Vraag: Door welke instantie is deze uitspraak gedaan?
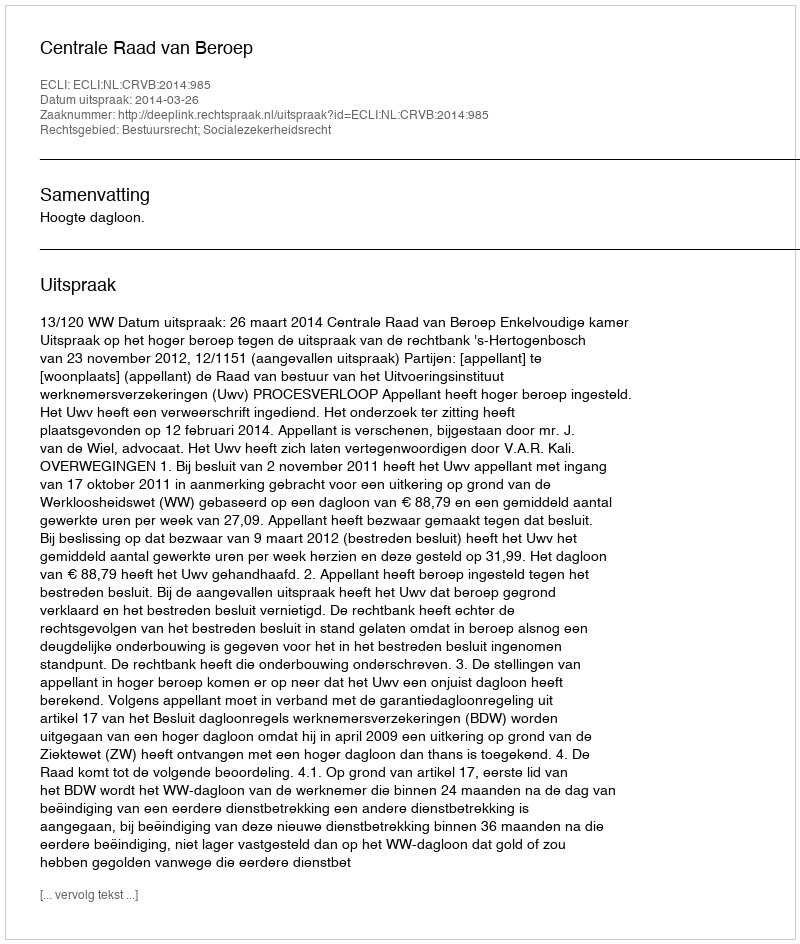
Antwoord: Centrale Raad van Beroep